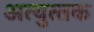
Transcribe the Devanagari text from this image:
अत्‍युत्‍तक